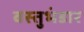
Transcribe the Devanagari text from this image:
वस्तुभंडार